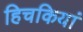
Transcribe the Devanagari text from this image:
हिचकियां